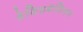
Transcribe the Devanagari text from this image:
डेविडबेलियन